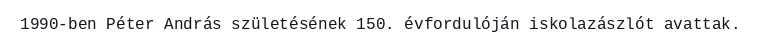
1990-ben Péter András születésének 150. évfordulóján iskolazászlót avattak.